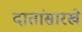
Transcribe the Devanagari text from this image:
दातांसारखे